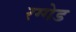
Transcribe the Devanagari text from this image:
रग्गेड